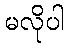
မလိုပါ